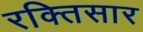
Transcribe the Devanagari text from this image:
रक्तिसार